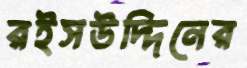
রইসউদ্দিনের